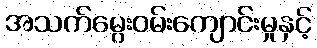
အသက်မွေးဝမ်းကျောင်းမှုနှင့်